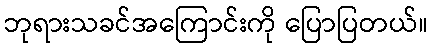
ဘုရားသခင်အကြောင်းကို ပြောပြတယ်။